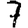
Digit: 7